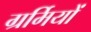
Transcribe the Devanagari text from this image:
ग्रर्मियों